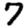
Digit: 7